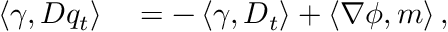
\begin{array} { r l } { \left\langle \gamma , D q _ { t } \right\rangle } & { { } = - \left\langle \gamma , D _ { t } \right\rangle + \left\langle \nabla \phi , m \right\rangle , } \end{array}